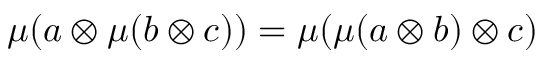
\mu ( a \otimes \mu ( b \otimes c ) ) = \mu ( \mu ( a \otimes b ) \otimes c )